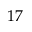
1 7